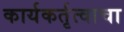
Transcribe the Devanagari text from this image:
कार्यकर्तृत्वाचा